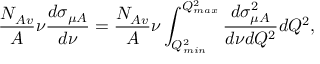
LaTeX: \frac { N _ { A v } } { A } \nu \frac { d \sigma _ { \mu A } } { d \nu } = \frac { N _ { A v } } { A } \nu \int _ { Q _ { m i n } ^ { 2 } } ^ { Q _ { m a x } ^ { 2 } } \frac { d \sigma _ { \mu A } ^ { 2 } } { d \nu d Q ^ { 2 } } d Q ^ { 2 } ,